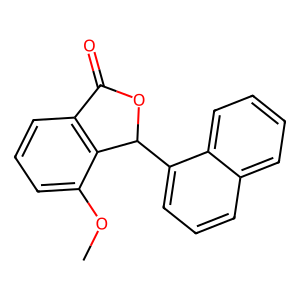
SMILES: COc1cccc2c1C(c1cccc3ccccc13)OC2=O
Inhibits HIV replication: No